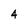
Character: 4